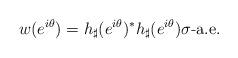
LaTeX: \begin{align*}w(e^{i\theta})=h_{\sharp}(e^{i\theta})^*h_{\sharp}(e^{i\theta})\mbox{$\sigma$-a.e.}\end{align*}